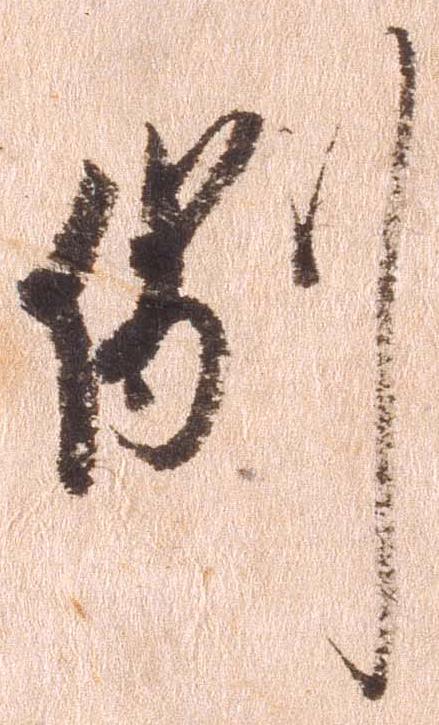
例